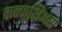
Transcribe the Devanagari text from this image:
कन्फूशिअस